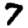
Digit: 7